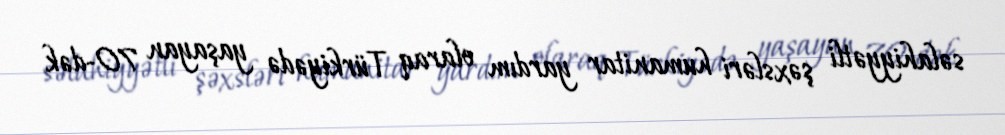
səlahiyyətli şəxsləri humanitar yardım olaraq Türkiyədə yaşayan 70-dək